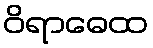
ဝိရာဓေထ